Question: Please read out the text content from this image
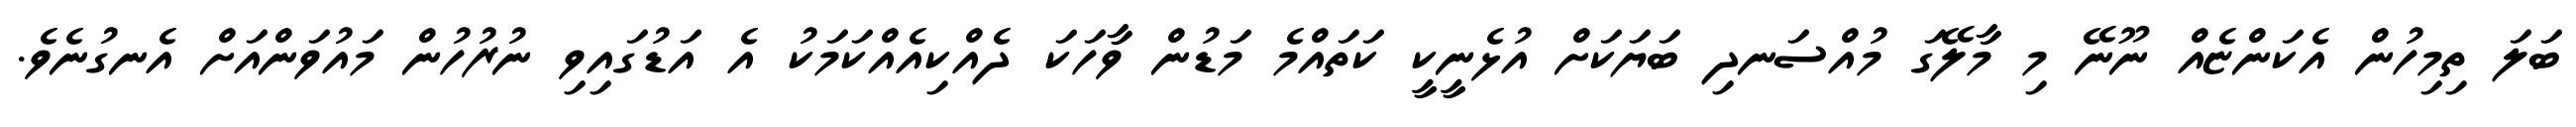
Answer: ބަލަ ތިމިހުން އެކަންޏެއް ނޫނޭ މި މާލޭގަ މުއްސަނދި ބަޔަކަށް އުޅެނީކީ ކަތައްމެ މަޑުން ވާހަކަ ދެއްކިއެއްކަމަކު އެ އަޑުގައިވި ނުރުހުން މައުވަންއަށް އެނގުނެވެ.